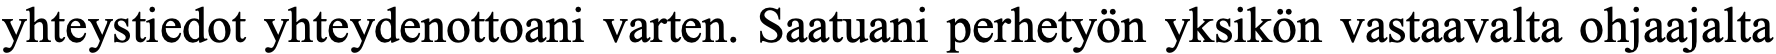
yhteystiedot yhteydenottoani varten. Saatuani perhetyön yksikön vastaavalta ohjaajalta